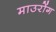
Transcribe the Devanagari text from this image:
माउरोंग